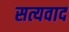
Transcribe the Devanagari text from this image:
सत्यवाद